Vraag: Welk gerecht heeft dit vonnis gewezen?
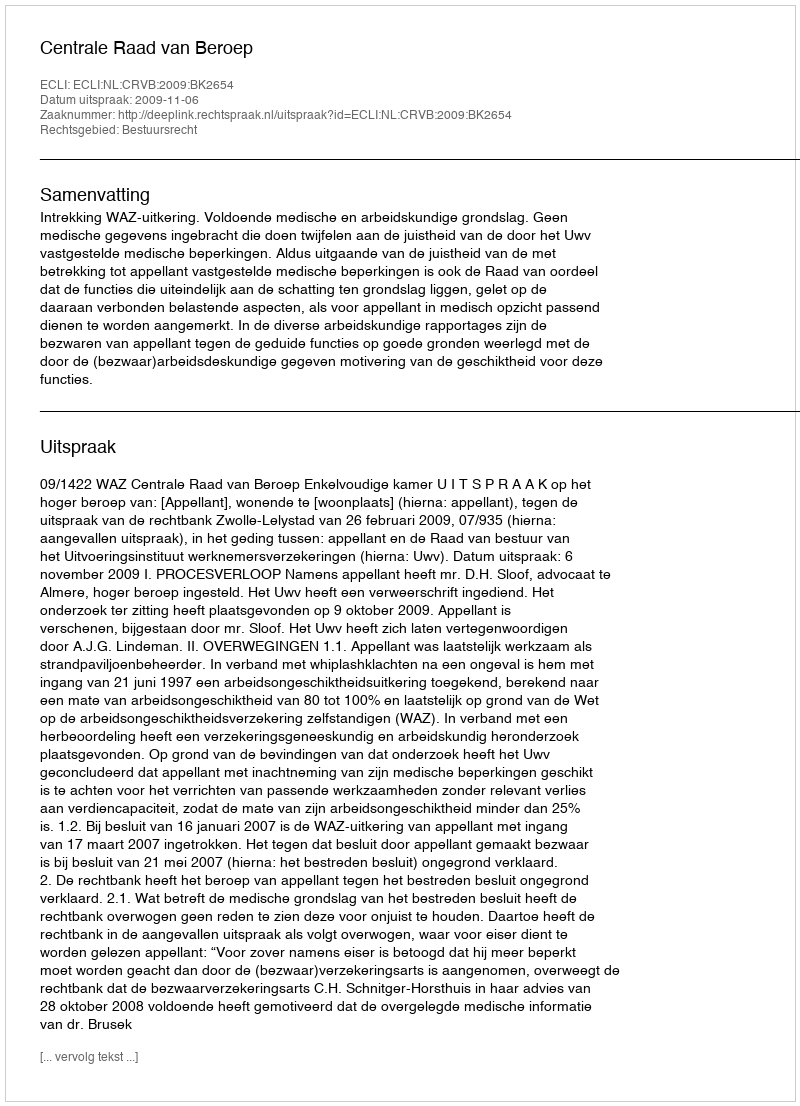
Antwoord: Centrale Raad van Beroep